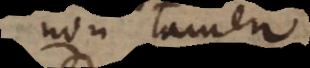
non tamen